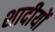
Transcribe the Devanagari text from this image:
शादीयों